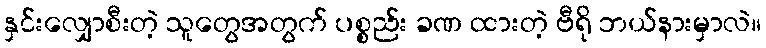
နှင်းလျှောစီးတဲ့ သူတွေအတွက် ပစ္စည်း ခဏ ထားတဲ့ ဗီရို ဘယ်နားမှာလဲ။